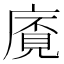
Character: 𢊡